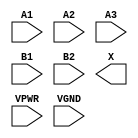
module sky130_fd_sc_hs__o32a (
    //# {{data|Data Signals}}
    input  A1  ,
    input  A2  ,
    input  A3  ,
    input  B1  ,
    input  B2  ,
    output X   ,

    //# {{power|Power}}
    input  VPWR,
    input  VGND
);
endmodule